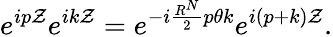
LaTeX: e^{ip\mathcal{Z}}e^{ik\mathcal{Z}}=e^{-i\frac{{R^{N}}}{{2}}p{\theta}k}e^{i(p+k)\mathcal{Z}}.